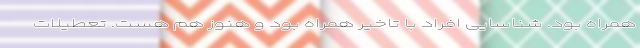
همراه بود. شناسایی افراد با تاخیر همراه بود و هنوز هم هست. تعطیلات